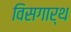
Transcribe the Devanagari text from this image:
विसगार्थ